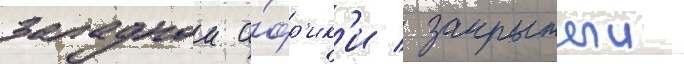
западнои а́фр'ик'и / закрытыи